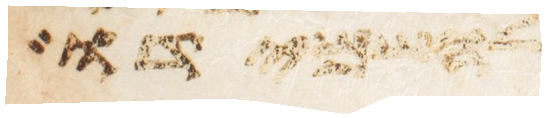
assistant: להשמידו